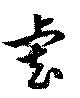
虐